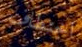
اختطاف